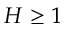
H \ge 1